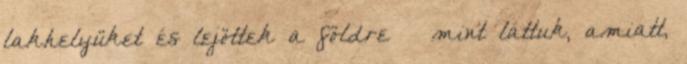
lakhelyüket és lejöttek a földre – mint láttuk, amiatt,